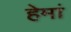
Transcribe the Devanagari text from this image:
हेमां